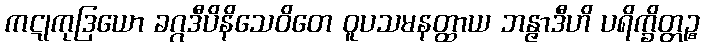
ကဋုကုဒြယော ခဂ္ဂဒီပိနိသေဝိတေ ဝူပသမနတ္ထာယ ဘန္ဇာဒီဟိ ပရိက္ခိတ္တဉ္စ